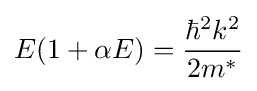
E(1+\alpha E)={\frac {\hbar ^{2}k^{2}}{2m^{*}}}